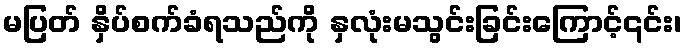
မပြတ် နှိပ်စက်ခံရသည်ကို နှလုံးမသွင်းခြင်းကြောင့်၎င်း၊